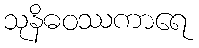
သုနိဓဝဿကာရေ